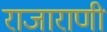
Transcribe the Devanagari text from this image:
राजाराणी